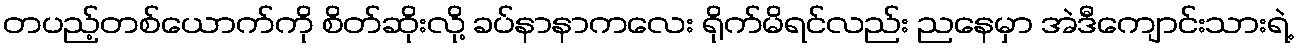
တပည့်တစ်ယောက်ကို စိတ်ဆိုးလို့ ခပ်နာနာကလေး ရိုက်မိရင်လည်း ညနေမှာ အဲဒီကျောင်းသားရဲ့